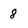
Character: 8